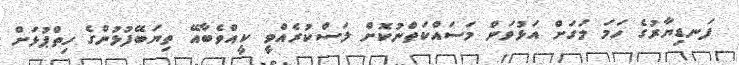
ފަނޑިޔާރުގެ ހަމަ މަގަށް އަޅުވަން މަސައްކަތްނުކޮށް ލަސްކުރެއްވީ ކީއްވެބާއޭ ތިޔަބޭފުޅުންގެ ހިތްޕުޅަށް